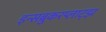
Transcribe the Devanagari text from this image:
इन्सब्रुकरप्लाट्झ